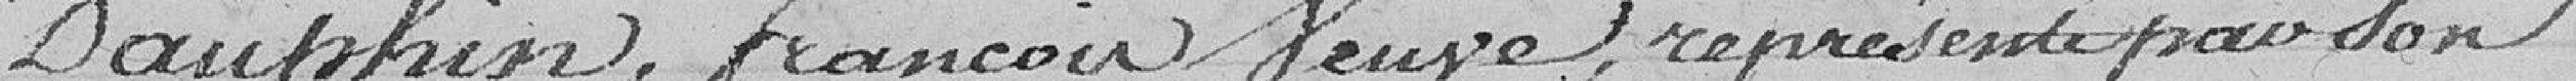
Dauphin, François Veuve, représenté par son